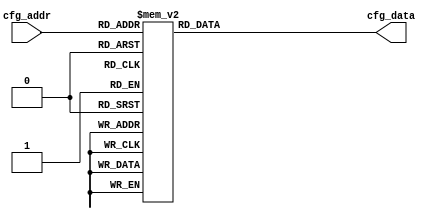
`timescale 1ns / 1ps
//////////////////////////////////////////////////////////////////////////////////
// Company: 
// Engineer: 
// 
// Design Name: 
// Module Name: ov5640_regfiles
// Project Name: 
// Target Devices: 
// Tool Versions: 
// Description: 
// 
// Dependencies: 
// 
// Revision:
// Revision 0.01 - File Created
// Additional Comments:
// 
//////////////////////////////////////////////////////////////////////////////////


module ov5640_regfiles(
input       [8:0]   cfg_addr,
output reg [23:0]   cfg_data
     );

always @ (*) begin
	case (cfg_addr)	
		'd000:  cfg_data  =   {16'h3023, 8'h01};  // continue auto focus
		'd001:  cfg_data  =   {16'h3022, 8'h04};

		'd003:  cfg_data  =   {16'h3103, 8'h03};
		'd004:  cfg_data  =   {16'h3017, 8'hff};
		'd005:  cfg_data  =   {16'h3018, 8'hff};
		'd006:  cfg_data  =   {16'h3034, 8'h1A};
		'd007:  cfg_data  =   {16'h3037, 8'h13};
		'd008:  cfg_data  =   {16'h3108, 8'h01};       
		'd009:  cfg_data  =   {16'h3630, 8'h36};
                                             
		'd010:  cfg_data  =   {16'h3631, 8'h0e};
		'd011:  cfg_data  =   {16'h3632, 8'he2};
		'd012:  cfg_data  =   {16'h3633, 8'h12};
		'd013:  cfg_data  =   {16'h3621, 8'he0};
		'd014:  cfg_data  =   {16'h3704, 8'ha0};
		'd015:  cfg_data  =   {16'h3703, 8'h5a};
		'd016:  cfg_data  =   {16'h3715, 8'h78};
		'd017:  cfg_data  =   {16'h3717, 8'h01};
		'd018:  cfg_data  =   {16'h370b, 8'h60};
		'd019:  cfg_data  =   {16'h3705, 8'h1a};
                                           
		'd020:  cfg_data  =   {16'h3905, 8'h02};
		'd021:  cfg_data  =   {16'h3906, 8'h10};
		'd022:  cfg_data  =   {16'h3901, 8'h0a};
		'd023:  cfg_data  =   {16'h3731, 8'h12};
		'd024:  cfg_data  =   {16'h3600, 8'h08};
		'd025:  cfg_data  =   {16'h3601, 8'h33};
		'd026:  cfg_data  =   {16'h302d, 8'h60};
		'd027:  cfg_data  =   {16'h3620, 8'h52};
		'd028:  cfg_data  =   {16'h371b, 8'h20};
		'd029:  cfg_data  =   {16'h471c, 8'h50};
                                            
		'd030:  cfg_data  =   {16'h3a13, 8'h43};
		'd031:  cfg_data  =   {16'h3a18, 8'h00};
		'd032:  cfg_data  =   {16'h3a19, 8'hf8};
		'd033:  cfg_data  =   {16'h3635, 8'h13};
		'd034:  cfg_data  =   {16'h3636, 8'h03};
		'd035:  cfg_data  =   {16'h3634, 8'h40};
		'd036:  cfg_data  =   {16'h3622, 8'h01};
		'd037:  cfg_data  =   {16'h3c01, 8'h34};
		'd038:  cfg_data  =   {16'h3c04, 8'h28};
		'd039:  cfg_data  =   {16'h3c05, 8'h98};     
                                            
		'd040:  cfg_data  =   {16'h3c06, 8'h00};
		'd041:  cfg_data  =   {16'h3c07, 8'h08};
		'd042:  cfg_data  =   {16'h3c08, 8'h00};
		'd043:  cfg_data  =   {16'h3c09, 8'h1c};
		'd044:  cfg_data  =   {16'h3c0a, 8'h9c};
		'd045:  cfg_data  =   {16'h3c0b, 8'h40};
		'd046:  cfg_data  =   {16'h3810, 8'h00};
		'd047:  cfg_data  =   {16'h3811, 8'h10};
		'd048:  cfg_data  =   {16'h3812, 8'h00};
		'd049:  cfg_data  =   {16'h3708, 8'h64};
                                            
		'd050:  cfg_data  =   {16'h4001, 8'h02};
		'd051:  cfg_data  =   {16'h4005, 8'h1a};
		'd052:  cfg_data  =   {16'h3000, 8'h00};
		'd053:  cfg_data  =   {16'h3004, 8'hff};
		'd054:  cfg_data  =   {16'h300e, 8'h58};
		'd055:  cfg_data  =   {16'h302e, 8'h00};
		'd056:  cfg_data  =   {16'h4300, 8'h61};    // format RGB565
		'd057:  cfg_data  =   {16'h501f, 8'h01};    // format RGB
		'd058:  cfg_data  =   {16'h440e, 8'h00};
		'd059:  cfg_data  =   {16'h5000, 8'ha7};    
                                             
		'd060:  cfg_data  =   {16'h3a0f, 8'h30};
		'd061:  cfg_data  =   {16'h3a10, 8'h28};
		'd062:  cfg_data  =   {16'h3a1b, 8'h30};
		'd063:  cfg_data  =   {16'h3a1e, 8'h26};
		'd064:  cfg_data  =   {16'h3a11, 8'h60};
		'd065:  cfg_data  =   {16'h3a1f, 8'h14};
		'd066:  cfg_data  =   {16'h5800, 8'h23};
		'd067:  cfg_data  =   {16'h5801, 8'h14};
		'd068:  cfg_data  =   {16'h5802, 8'h0f};
		'd069:  cfg_data  =   {16'h5803, 8'h0f};  
                                            
		'd070:  cfg_data  =   {16'h5804, 8'h12};
		'd071:  cfg_data  =   {16'h5805, 8'h26};
		'd072:  cfg_data  =   {16'h5806, 8'h0c};
		'd073:  cfg_data  =   {16'h5807, 8'h08};
		'd074:  cfg_data  =   {16'h5808, 8'h05};
		'd075:  cfg_data  =   {16'h5809, 8'h05};
		'd076:  cfg_data  =   {16'h580a, 8'h08};
		'd077:  cfg_data  =   {16'h580b, 8'h0d};
		'd078:  cfg_data  =   {16'h580c, 8'h08};
		'd079:  cfg_data  =   {16'h580d, 8'h03};    
                                          
		'd080:  cfg_data  =   {16'h580e, 8'h00};
		'd081:  cfg_data  =   {16'h580f, 8'h00};
		'd082:  cfg_data  =   {16'h5810, 8'h03};
		'd083:  cfg_data  =   {16'h5811, 8'h09};
		'd084:  cfg_data  =   {16'h5812, 8'h07};
		'd085:  cfg_data  =   {16'h5813, 8'h03};
		'd086:  cfg_data  =   {16'h5814, 8'h00};
		'd087:  cfg_data  =   {16'h5815, 8'h01};
		'd088:  cfg_data  =   {16'h5816, 8'h03};
		'd089:  cfg_data  =   {16'h5817, 8'h08};  
                                           
		'd090:  cfg_data  =   {16'h5818, 8'h0d};
		'd091:  cfg_data  =   {16'h5819, 8'h08};
		'd092:  cfg_data  =   {16'h581a, 8'h05};
		'd093:  cfg_data  =   {16'h581b, 8'h06};
		'd094:  cfg_data  =   {16'h581c, 8'h08};
		'd095:  cfg_data  =   {16'h581d, 8'h0e};
		'd096:  cfg_data  =   {16'h581e, 8'h29};
		'd097:  cfg_data  =   {16'h581f, 8'h17};
		'd098:  cfg_data  =   {16'h5820, 8'h11};
		'd099:  cfg_data  =   {16'h5821, 8'h11};     
                                              
		'd100:  cfg_data  =   {16'h5822, 8'h15};
		'd101:  cfg_data  =   {16'h5823, 8'h28};
		'd102:  cfg_data  =   {16'h5824, 8'h46};
		'd103:  cfg_data  =   {16'h5825, 8'h26};
		'd104:  cfg_data  =   {16'h5826, 8'h08};
		'd105:  cfg_data  =   {16'h5827, 8'h26};
		'd106:  cfg_data  =   {16'h5828, 8'h64};
		'd107:  cfg_data  =   {16'h5829, 8'h26};
		'd108:  cfg_data  =   {16'h582a, 8'h24};
		'd109:  cfg_data  =   {16'h582b, 8'h22};       
                                            
		'd110:  cfg_data  =   {16'h582c, 8'h24};
		'd111:  cfg_data  =   {16'h582d, 8'h24};
		'd112:  cfg_data  =   {16'h582e, 8'h06};
		'd113:  cfg_data  =   {16'h582f, 8'h22};
		'd114:  cfg_data  =   {16'h5830, 8'h40};
		'd115:  cfg_data  =   {16'h5831, 8'h42};
		'd116:  cfg_data  =   {16'h5832, 8'h24};
		'd117:  cfg_data  =   {16'h5833, 8'h26};
		'd118:  cfg_data  =   {16'h5834, 8'h24};
		'd119:  cfg_data  =   {16'h5835, 8'h22};        
                                            
		'd120:  cfg_data  =   {16'h5836, 8'h22};
		'd121:  cfg_data  =   {16'h5837, 8'h26};
		'd122:  cfg_data  =   {16'h5838, 8'h44};
		'd123:  cfg_data  =   {16'h5839, 8'h24};
		'd124:  cfg_data  =   {16'h583a, 8'h26};
		'd125:  cfg_data  =   {16'h583b, 8'h28};
		'd126:  cfg_data  =   {16'h583c, 8'h42};
		'd127:  cfg_data  =   {16'h583d, 8'hce};
		'd128:  cfg_data  =   {16'h5180, 8'hff};
		'd129:  cfg_data  =   {16'h5181, 8'hf2};   
                                            
		'd130:  cfg_data  =   {16'h5182, 8'h00};
		'd131:  cfg_data  =   {16'h5183, 8'h14};
		'd132:  cfg_data  =   {16'h5184, 8'h25};
		'd133:  cfg_data  =   {16'h5185, 8'h24};
		'd134:  cfg_data  =   {16'h5186, 8'h09};
		'd135:  cfg_data  =   {16'h5187, 8'h09};
		'd136:  cfg_data  =   {16'h5188, 8'h09};
		'd137:  cfg_data  =   {16'h5189, 8'h75};
		'd138:  cfg_data  =   {16'h518a, 8'h54};
		'd139:  cfg_data  =   {16'h518b, 8'he0};   
                                            
		'd140:  cfg_data  =   {16'h518c, 8'hb2};
		'd141:  cfg_data  =   {16'h518d, 8'h42};
		'd142:  cfg_data  =   {16'h518e, 8'h3d};
		'd143:  cfg_data  =   {16'h518f, 8'h56};
		'd144:  cfg_data  =   {16'h5190, 8'h46};
		'd145:  cfg_data  =   {16'h5191, 8'hf8};
		'd146:  cfg_data  =   {16'h5192, 8'h04};
		'd147:  cfg_data  =   {16'h5193, 8'h70};
		'd148:  cfg_data  =   {16'h5194, 8'hf0};
		'd149:  cfg_data  =   {16'h5195, 8'hf0};   
                                             
		'd150:  cfg_data  =   {16'h5196, 8'h03};
		'd151:  cfg_data  =   {16'h5197, 8'h01};
		'd152:  cfg_data  =   {16'h5198, 8'h04};
		'd153:  cfg_data  =   {16'h5199, 8'h12};
		'd154:  cfg_data  =   {16'h519a, 8'h04};
		'd155:  cfg_data  =   {16'h519b, 8'h00};
		'd156:  cfg_data  =   {16'h519c, 8'h06};
		'd157:  cfg_data  =   {16'h519d, 8'h82};
		'd158:  cfg_data  =   {16'h519e, 8'h38};
		'd159:  cfg_data  =   {16'h5480, 8'h01};   
                                             
		'd160:  cfg_data  =   {16'h5481, 8'h08};
		'd161:  cfg_data  =   {16'h5482, 8'h14};
		'd162:  cfg_data  =   {16'h5483, 8'h28};
		'd163:  cfg_data  =   {16'h5484, 8'h51};
		'd164:  cfg_data  =   {16'h5485, 8'h65};
		'd165:  cfg_data  =   {16'h5486, 8'h71};
		'd166:  cfg_data  =   {16'h5487, 8'h7d};
		'd167:  cfg_data  =   {16'h5488, 8'h87};
		'd168:  cfg_data  =   {16'h5489, 8'h91};
		'd169:  cfg_data  =   {16'h548a, 8'h9a};   
                                            
		'd170:  cfg_data  =   {16'h548b, 8'haa};
		'd171:  cfg_data  =   {16'h548c, 8'hb8};
		'd172:  cfg_data  =   {16'h548d, 8'hcd};
		'd173:  cfg_data  =   {16'h548e, 8'hdd};
		'd174:  cfg_data  =   {16'h548f, 8'hea};
		'd175:  cfg_data  =   {16'h5490, 8'h1d};
		'd176:  cfg_data  =   {16'h5381, 8'h1e};
		'd177:  cfg_data  =   {16'h5382, 8'h5b};
		'd178:  cfg_data  =   {16'h5383, 8'h08};
		'd179:  cfg_data  =   {16'h5384, 8'h0a};  
                                              
		'd180:  cfg_data  =   {16'h5385, 8'h7e};
		'd181:  cfg_data  =   {16'h5386, 8'h88};
		'd182:  cfg_data  =   {16'h5387, 8'h7c};
		'd183:  cfg_data  =   {16'h5388, 8'h6c};
		'd184:  cfg_data  =   {16'h5389, 8'h10};
		'd185:  cfg_data  =   {16'h538a, 8'h01};
		'd186:  cfg_data  =   {16'h538b, 8'h98};
		'd187:  cfg_data  =   {16'h5580, 8'h06};
		'd188:  cfg_data  =   {16'h5583, 8'h40};
		'd189:  cfg_data  =   {16'h5584, 8'h10};  
                                             
		'd190:  cfg_data  =   {16'h5589, 8'h10};
		'd191:  cfg_data  =   {16'h558a, 8'h00};
		'd192:  cfg_data  =   {16'h558b, 8'hf8};
		'd193:  cfg_data  =   {16'h501d, 8'h40};
		'd194:  cfg_data  =   {16'h5300, 8'h08};
		'd195:  cfg_data  =   {16'h5301, 8'h30};
		'd196:  cfg_data  =   {16'h5302, 8'h10};
		'd197:  cfg_data  =   {16'h5303, 8'h00};
		'd198:  cfg_data  =   {16'h5304, 8'h08};
		'd199:  cfg_data  =   {16'h5305, 8'h30};  
                                             
		'd200:  cfg_data  =   {16'h5306, 8'h08};
		'd201:  cfg_data  =   {16'h5307, 8'h16};
		'd202:  cfg_data  =   {16'h5309, 8'h08};
		'd203:  cfg_data  =   {16'h530a, 8'h30};
		'd204:  cfg_data  =   {16'h530b, 8'h04};
		'd205:  cfg_data  =   {16'h530c, 8'h06};
		'd206:  cfg_data  =   {16'h5025, 8'h00};
		'd207:  cfg_data  =   {16'h3008, 8'h02};
		'd208:  cfg_data  =   {16'h3035, 8'h11};
		'd209:  cfg_data  =   {16'h3036, 8'h46}; 
                                            
		'd210:  cfg_data  =   {16'h3c07, 8'h08};
		'd211:  cfg_data  =   {16'h3820, 8'h41};
		'd212:  cfg_data  =   {16'h3821, 8'h07};
		'd213:  cfg_data  =   {16'h3814, 8'h31};
		'd214:  cfg_data  =   {16'h3815, 8'h31};
		'd215:  cfg_data  =   {16'h3800, 8'h00};
		'd216:  cfg_data  =   {16'h3801, 8'h00};
		'd217:  cfg_data  =   {16'h3802, 8'h00};
		'd218:  cfg_data  =   {16'h3803, 8'h04};
		'd219:  cfg_data  =   {16'h3804, 8'h0a};  
                                           
		'd220:  cfg_data  =   {16'h3805, 8'h3f};
		'd221:  cfg_data  =   {16'h3806, 8'h07};
		'd222:  cfg_data  =   {16'h3807, 8'h9b};
		'd223:  cfg_data  =   {16'h3808, 8'h03};
		'd224:  cfg_data  =   {16'h3809, 8'h20};
		'd225:  cfg_data  =   {16'h380a, 8'h02};
		'd226:  cfg_data  =   {16'h380b, 8'h58};
		'd227:  cfg_data  =   {16'h380c, 8'h07};
		'd228:  cfg_data  =   {16'h380d, 8'h68};
		'd229:  cfg_data  =   {16'h380e, 8'h03}; 
                                            
		'd230:  cfg_data  =   {16'h380f, 8'hd8};
		'd231:  cfg_data  =   {16'h3813, 8'h06};
		'd232:  cfg_data  =   {16'h3618, 8'h00};
		'd233:  cfg_data  =   {16'h3612, 8'h29};
		'd234:  cfg_data  =   {16'h3709, 8'h52};
		'd235:  cfg_data  =   {16'h370c, 8'h03};
		'd236:  cfg_data  =   {16'h3a02, 8'h17};
		'd237:  cfg_data  =   {16'h3a03, 8'h10};
		'd238:  cfg_data  =   {16'h3a14, 8'h17};
		'd239:  cfg_data  =   {16'h3a15, 8'h10}; 
                                           
		'd240:  cfg_data  =   {16'h4004, 8'h02};
		'd241:  cfg_data  =   {16'h3002, 8'h1c};
		'd242:  cfg_data  =   {16'h3006, 8'hc3};
		'd243:  cfg_data  =   {16'h4713, 8'h03};
		'd244:  cfg_data  =   {16'h4407, 8'h04};
		'd245:  cfg_data  =   {16'h460b, 8'h35};
		'd246:  cfg_data  =   {16'h460c, 8'h22};
		'd247:  cfg_data  =   {16'h4837, 8'h22};
		'd248:  cfg_data  =   {16'h3824, 8'h02};
		'd249:  cfg_data  =   {16'h5001, 8'ha3}; 
                                            
		'd250:  cfg_data  =   {16'h3503, 8'h00};
		'd251:  cfg_data  =   {16'h3035, 8'h21};       // PLL     input clock =24Mhz, PCLK =84Mhz
		'd252:  cfg_data  =   {16'h3036, 8'h46};
		'd253:  cfg_data  =   {16'h3c07, 8'h07};
		'd254:  cfg_data  =   {16'h3820, 8'h47};
		'd255:  cfg_data  =   {16'h3821, 8'h07};
		'd256:  cfg_data  =   {16'h3814, 8'h31};
		'd257:  cfg_data  =   {16'h3815, 8'h31};
		'd258:  cfg_data  =   {16'h3800, 8'h01};       // HS
		'd259:  cfg_data  =   {16'h3801, 8'h00};       // HS
                                             
		'd260:  cfg_data  =   {16'h3802, 8'h00};       // VS
		'd261:  cfg_data  =   {16'h3803, 8'h04};       // VS
		'd262:  cfg_data  =   {16'h3804, 8'h0a};       // HW (HE)
		'd263:  cfg_data  =   {16'h3805, 8'h2f};       // HW (HE)
		'd264:  cfg_data  =   {16'h3806, 8'h07};       // VH (VE)
		'd265:  cfg_data  =   {16'h3807, 8'h9b};       // VH (VE)
		'd266:  cfg_data  =   {16'h3808, 8'h02};       // DVPHO     (640)
		'd267:  cfg_data  =   {16'h3809, 8'h80};       // DVPHO     (640)
		'd268:  cfg_data  =   {16'h380a, 8'h01};       // DVPVO     (480)
		'd269:  cfg_data  =   {16'h380b, 8'he0};       // DVPVO     (480)
                                            
		'd270:  cfg_data  =   {16'h380c, 8'h08};       // HTS       (2200) 
		'd271:  cfg_data  =   {16'h380d, 8'h9b};       // HTS
		'd272:  cfg_data  =   {16'h380e, 8'h05};       // VTS       (1280)
		'd273:  cfg_data  =   {16'h380f, 8'h00};       // VTS
		'd274:  cfg_data  =   {16'h3810, 8'h00};
		'd275:  cfg_data  =   {16'h3811, 8'h08};
		'd276:  cfg_data  =   {16'h3812, 8'h00};
		'd278:  cfg_data  =   {16'h3813, 8'h06};       // timing V offset

		'd279:  cfg_data  =   {16'h3618, 8'h00};
		'd280:  cfg_data  =   {16'h3612, 8'h29};
		'd281:  cfg_data  =   {16'h3709, 8'h52};
		'd282:  cfg_data  =   {16'h370c, 8'h03};
		'd283:  cfg_data  =   {16'h3a02, 8'h02}; 
                                              
		'd284:  cfg_data  =   {16'h3a03, 8'he0};
		'd285:  cfg_data  =   {16'h3a14, 8'h02};
		'd286:  cfg_data  =   {16'h3a15, 8'he0};
		'd287:  cfg_data  =   {16'h4004, 8'h02}; 
                                            
		'd288:  cfg_data  =   {16'h3002, 8'h1c};
		'd289:  cfg_data  =   {16'h3006, 8'hc3};
		'd290:  cfg_data  =   {16'h4713, 8'h03};
		'd291:  cfg_data  =   {16'h4407, 8'h04};
		'd292:  cfg_data  =   {16'h460b, 8'h37};
		'd293:  cfg_data  =   {16'h460c, 8'h20};
		'd294:  cfg_data  =   {16'h4837, 8'h16};
		'd295:  cfg_data  =   {16'h3824, 8'h04};       // PCLK manual divider
		'd296:  cfg_data  =   {16'h5001, 8'h83};
		'd297:  cfg_data  =   {16'h3503, 8'h00}; 
                                           
		'd298:  cfg_data  =   {16'h3016, 8'h02};
		'd299:  cfg_data  =   {16'h3b07, 8'h0a};
		'd300:  cfg_data  =   {16'h3b00, 8'h83};
		'd301:  cfg_data  =   {16'h3b00, 8'h00};
		default:
			cfg_data = 24'd0;
	endcase 
end 

endmodule